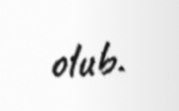
olub.